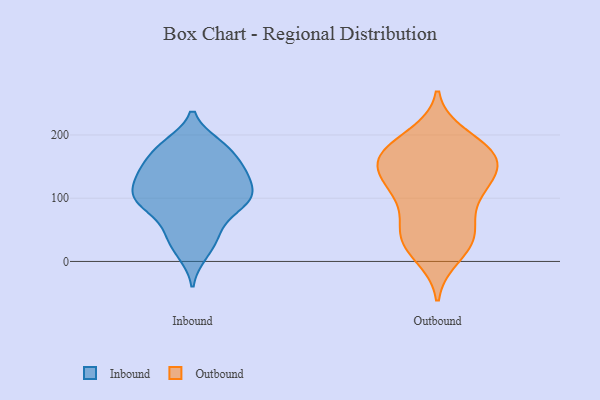
{"axis": {"x": "Energy Usage (MWh)", "y": "Value"}, "legend": ["Inbound", "Outbound"], "data": [{"x": "", "y": 186, "type": "Inbound"}, {"x": "", "y": 182, "type": "Inbound"}, {"x": "", "y": 91, "type": "Inbound"}, {"x": "", "y": 102, "type": "Inbound"}, {"x": "", "y": 151, "type": "Inbound"}, {"x": "", "y": 103, "type": "Inbound"}, {"x": "", "y": 141, "type": "Inbound"}, {"x": "", "y": 42, "type": "Inbound"}, {"x": "", "y": 97, "type": "Inbound"}, {"x": "", "y": 122, "type": "Inbound"}, {"x": "", "y": 40, "type": "Inbound"}, {"x": "", "y": 141, "type": "Inbound"}, {"x": "", "y": 73, "type": "Inbound"}, {"x": "", "y": 100, "type": "Inbound"}, {"x": "", "y": 178, "type": "Inbound"}, {"x": "", "y": 141, "type": "Inbound"}, {"x": "", "y": 11, "type": "Inbound"}, {"x": "", "y": 170, "type": "Outbound"}, {"x": "", "y": 140, "type": "Outbound"}, {"x": "", "y": 45, "type": "Outbound"}, {"x": "", "y": 175, "type": "Outbound"}, {"x": "", "y": 168, "type": "Outbound"}, {"x": "", "y": 197, "type": "Outbound"}, {"x": "", "y": 10, "type": "Outbound"}, {"x": "", "y": 113, "type": "Outbound"}, {"x": "", "y": 113, "type": "Outbound"}, {"x": "", "y": 111, "type": "Outbound"}, {"x": "", "y": 39, "type": "Outbound"}, {"x": "", "y": 75, "type": "Outbound"}, {"x": "", "y": 34, "type": "Outbound"}, {"x": "", "y": 32, "type": "Outbound"}, {"x": "", "y": 161, "type": "Outbound"}, {"x": "", "y": 133, "type": "Outbound"}, {"x": "", "y": 178, "type": "Outbound"}, {"x": "", "y": 157, "type": "Outbound"}]}